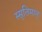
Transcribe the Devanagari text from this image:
स्सृतिमान्